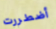
أضطررت